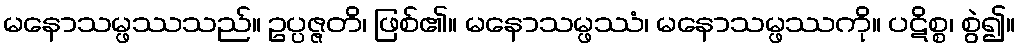
မနောသမ္ဖဿသည်။ ဥပ္ပဇ္ဇတိ၊ ဖြစ်၏။ မနောသမ္ဖဿံ၊ မနောသမ္ဖဿကို။ ပဋိစ္စ၊ စွဲ၍။